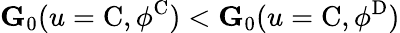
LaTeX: \mathbf{G}_{0}(u=\mathrm{C},\phi^{\mathrm{C}})<\mathbf{G}_{0}(u=\mathrm{C},\phi^{\mathrm{D}})